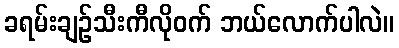
ခရမ်းချဉ်သီးကီလိုဝက် ဘယ်လောက်ပါလဲ။